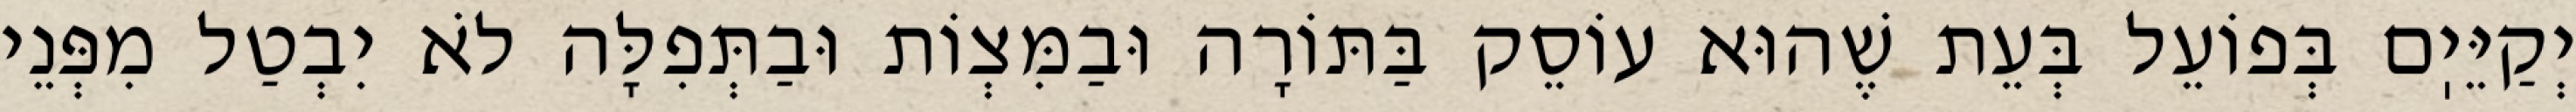
יְקַיֵּיֽם בְּפוֹעֵל בְּעֵת שֶׁהוּא עוֹסֵק בַּתּוֹרָה וּבַמִּצְוֹת וּבַתְּפִלָּה לֹא יִבְטַל מִפְּנֵי